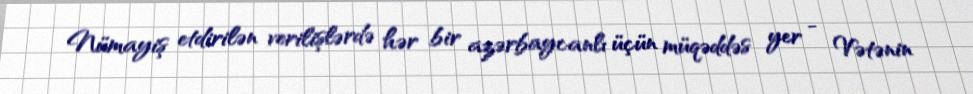
Nümayiş etdirilən verilişlərdə hər bir azərbaycanlı üçün müqəddəs yer - Vətənin